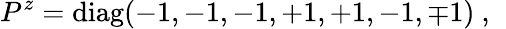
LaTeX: P^{z}=\mathrm{diag}(-1,-1,-1,+1,+1,-1,\mp 1)~,~\,